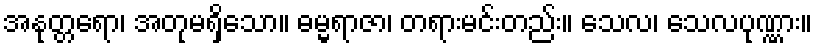
အနုတ္တရော၊ အတုမရှိသော။ ဓမ္မရာဇာ၊ တရားမင်းတည်း။ သေလ၊ သေလပုဏ္ဏား။